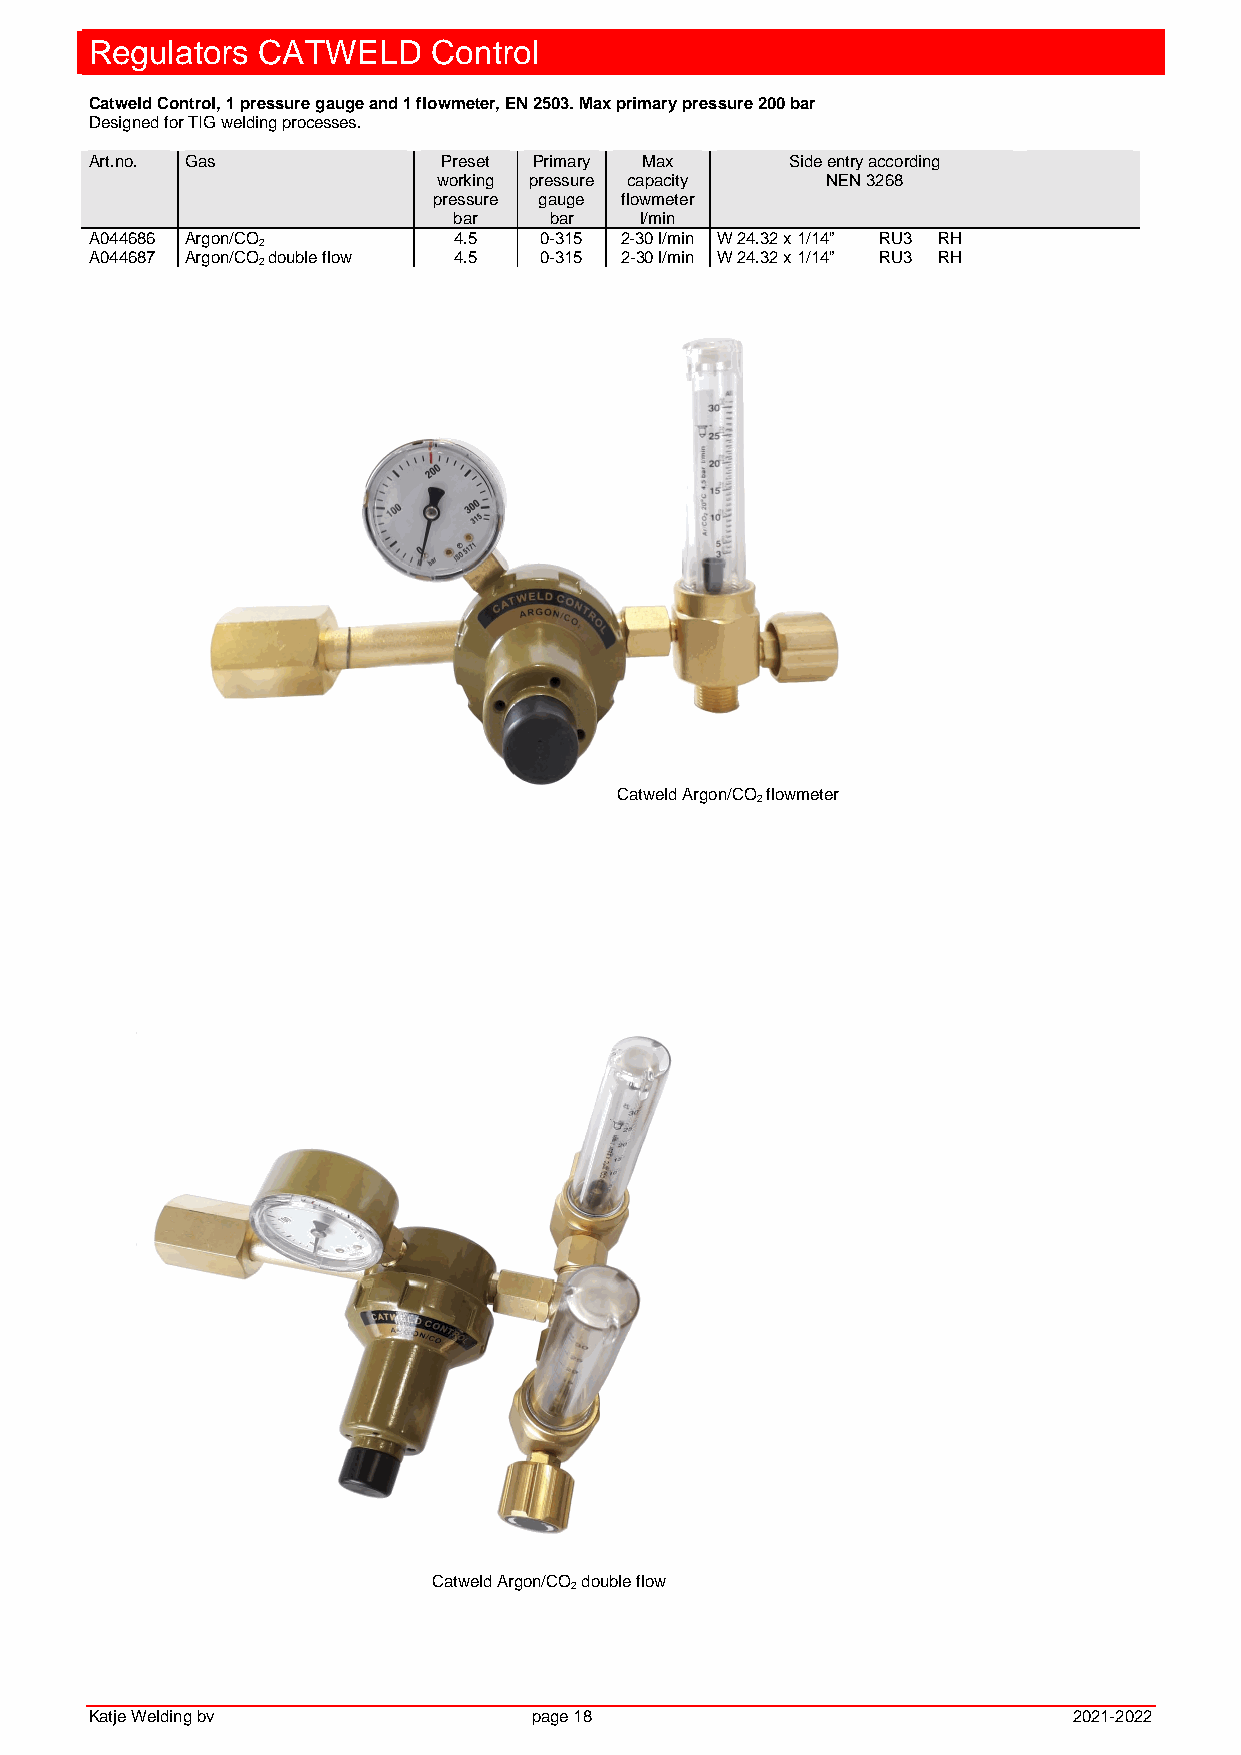
Regulators CATWELD     Control
 Catweld Control, 1 pressure gauge and 1 flowmeter, EN 2503. Max primary pressure 200 bar
 Designed for TIG welding processes.
 Art.no. Gas            Preset Primary Max     Side entry according
 working pressure capacity NEN 3268
 pressure gauge flowmeter
 bar   bar   l/min
 A044686 Argon/CO        4.5   0-315 2-30 l/min W 24.32 x 1/14” RU3 RH
 2
 A044687 Argon/CO double flow 4.5 0-315 2-30 l/min W 24.32 x 1/14” RU3 RH
 2
 Catweld Argon/CO flowmeter
 2
 Catweld Argon/CO double flow
 2
 Katje Welding bv             page 18                             2021-2022